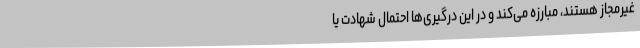
غیرمجاز هستند، مبارزه می‌‌کند و در این درگیری‌ها احتمال شهادت یا